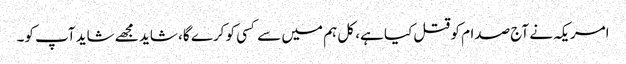
امریکہ نے آج صدام کو قتل کیا ہے، کل ہم میں سے کسی کو کرے گا، شاید مجھے شاید آپ کو۔